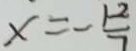
x = - \frac { 1 2 } { 7 }